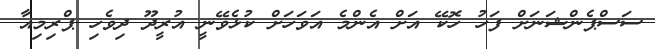
ސަސްޕެންޝަަނަށް ފަހު ހޮކޭ އަށް އެންމެ އަވަހަށް ކުޅެވޭނީ އުރީދޫ ދިވެހި ޕްރިމިއާ